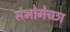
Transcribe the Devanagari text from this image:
संभोगेच्छा